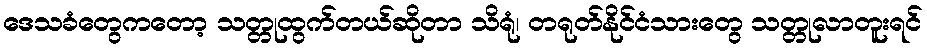
ဒေသခံတွေကတော့ သတ္တုထွက်တယ်ဆိုတာ သိရုံ၊ တရုတ်နိုင်ငံသားတွေ သတ္တုလာတူးရင်